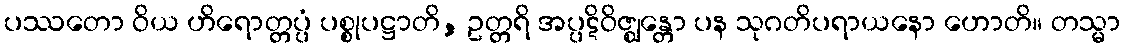
ပဿတော ဝိယ ဟိရောတ္တပ္ပံ ပစ္စုပဋ္ဌာတိ, ဥတ္တရိ အပ္ပဋိဝိဇ္ဈန္တော ပန သုဂတိပရာယနော ဟောတိ။ တသ္မာ